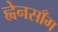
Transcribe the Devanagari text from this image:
ह्वेनसाँग